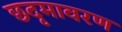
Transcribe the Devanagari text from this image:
छदृमावरण